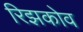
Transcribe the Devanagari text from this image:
रिझकोव